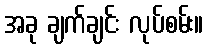
အခု ချက်ချင်း လုပ်စမ်း။